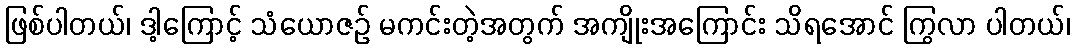
ဖြစ်ပါတယ်၊ ဒါ့ကြောင့် သံယောဇဉ် မကင်းတဲ့အတွက် အကျိုးအကြောင်း သိရအောင် ကြွလာ ပါတယ်၊